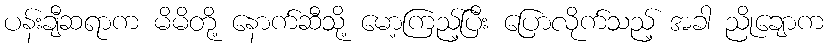
ပန်းချီဆရာက မိမိတို့ နောက်ဆီသို့ မော့ကြည့်ပြီး ပြောလိုက်သည့် အခါ ညိုချောက